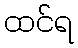
ထင်ရ